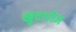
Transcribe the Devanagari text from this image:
खुदारोज